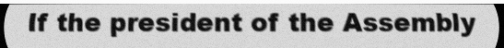
If the president of the Assembly